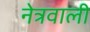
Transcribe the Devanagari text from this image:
नेत्रवाली